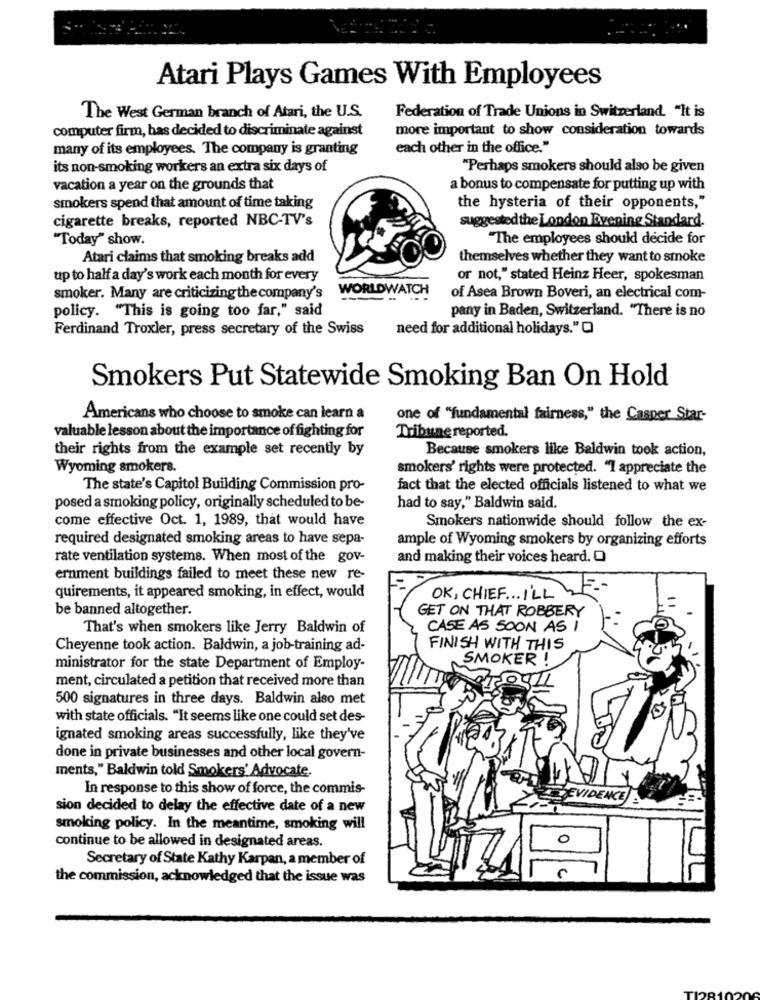
Atari Plays Games With Employees
The West German branch of Atari, the U.S.
Federation of Trade Unions in Switzerland. "It is
computer firm, has decided to discriminate against
more important to show consideration towards
many of its employees. The company is granting
each other in the office."
its non-smoking workers an extra six days of
"Perhaps smokers should also be given
vacation a year on the grounds that
a bonus to compensate for putting up with
smokers spend that amount of time taking
the hysteria of their opponents,"
cigarette breaks, reported NBC-TV's
suggested the London Evening Standard.
"Today" show.
"The employees should decide for
Atari claims that smoking breaks add
themselves whether they want to smoke
up to half a day's work each month for every
or not," stated Heinz Heer, spokesman
WORLDWATCH
smoker. Many are criticizing the company's
of Asea Brown Boveri, an electrical com-
policy. "This is going too far," said
pany in Baden, Switzerland. "There is no
Ferdinand Troxler, press secretary of the Swiss
need for additional holidays."O
Smokers Put Statewide Smoking Ban On Hold
Americans who choose to smoke can learn a
one of "fundamental fairness," the Casper Star-
valuable lesson about the importance of fighting for
Tribune reported.
their rights from the example set recently by
Because smokers like Baldwin took action,
Wyoming smokers.
smokers' rights were protected. "I appreciate the
The state's Capitol Building Commission pro-
fact that the elected officials listened to what we
posed a smoking policy, originally scheduled to be-
had to say," Baldwin said.
come effective Oct. 1, 1989, that would have
Smokers nationwide should follow the ex-
required designated smoking areas to have sepa-
ample of Wyoming smokers by organizing efforts
rate ventilation systems. When most of the gov-
and making their voices heard. O
ernment buildings failed to meet these new re-
quirements, it appeared smoking, in effect, would
OK , CHIEF . .. I'LL
be banned altogether.
GET ON THAT ROBBERY
That's when smokers like Jerry Baldwin of
CASE AS SOON AS I
Cheyenne took action. Baldwin, a job-training ad-
FINISH WITH THIS
SMOKER !
ministrator for the state Department of Employ-
ment, circulated a petition that received more than
500 signatures in three days. Baldwin also met
with state officials. "It seems like one could set des-
ignated smoking areas successfully, like they've
done in private businesses and other local govern-
ments," Baldwin told Smokers' Advocate.
In response to this show of force, the commis-
EVIDENCE
sion decided to delay the effective date of a new
smoking policy. In the meantime, smoking will
0
continue to be allowed in designated areas.
Secretary of State Kathy Karpan, a member of
the commission, acknowledged that the issue was